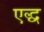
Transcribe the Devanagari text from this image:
एद्ध